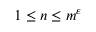
1 \leq n \leq m ^ { \varepsilon }